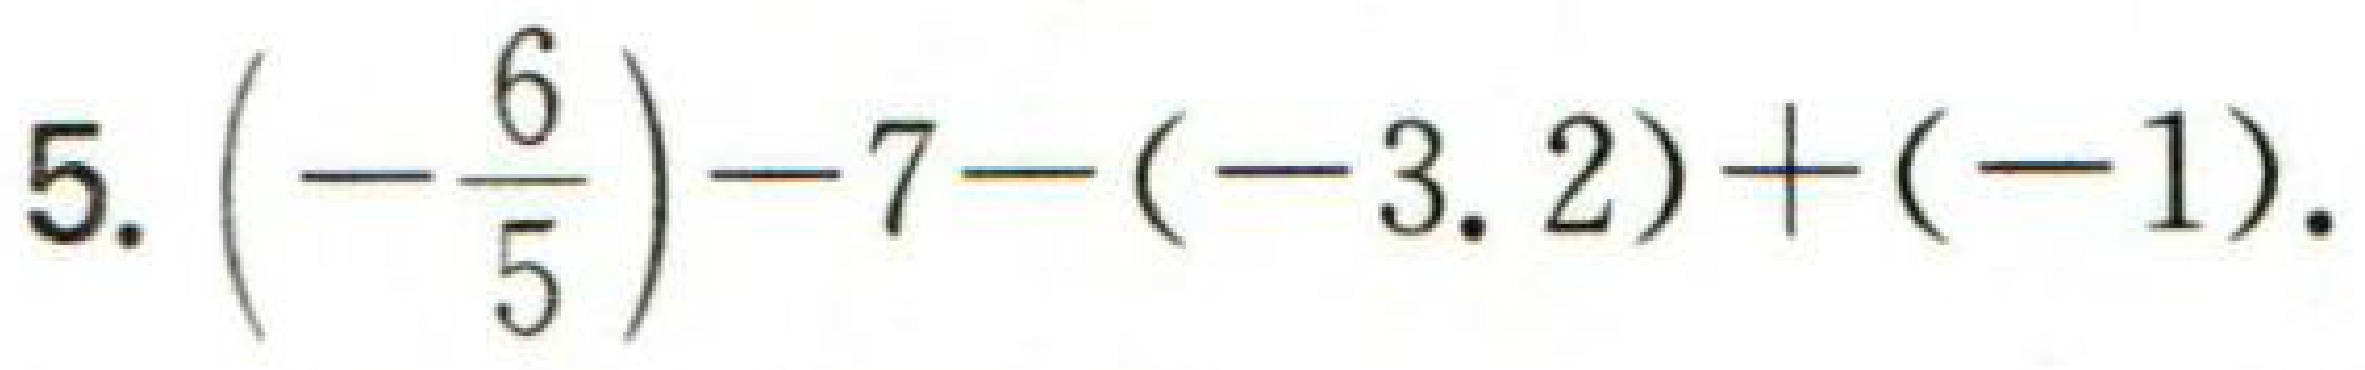
$5.\left(-\dfrac{6}{5}\right)-7-(-3.2)+(-1).$